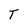
Character: T